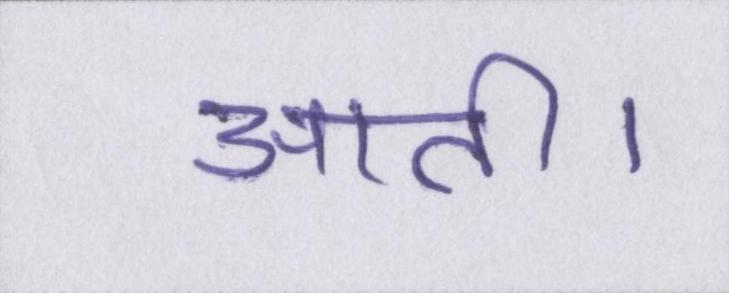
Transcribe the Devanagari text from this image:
आती।